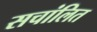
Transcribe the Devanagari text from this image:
सचांलित